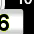
Digit: 6